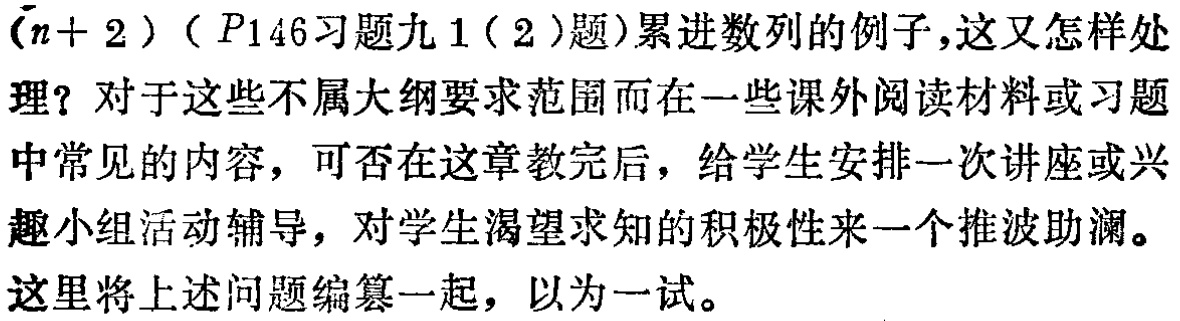
\((n + 2)\)（\(P146\)习题九1（2）题）累进数列的例子,这又怎样处理？对于这些不属大纲要求范围而在一些课外阅读材料或习题中常见的内容，可否在这章教完后，给学生安排一次讲座或兴趣小组活动辅导，对学生渴望求知的积极性来一个推波助澜。这里将上述问题编篡一起，以为一试。